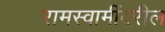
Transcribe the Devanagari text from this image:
रामस्वामींवरील